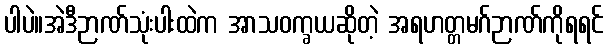
ပါပဲ။အဲဒီဉာဏ်သုံးပါးထဲက အာသဝက္ခယဆိုတဲ့ အရဟတ္တမဂ်ဉာဏ်ကိုရရင်